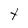
Character: t